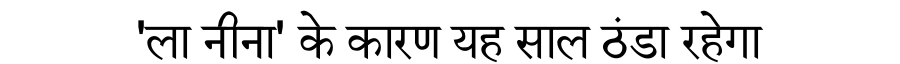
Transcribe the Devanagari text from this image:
'ला नीना' के कारण यह साल ठंडा रहेगा